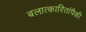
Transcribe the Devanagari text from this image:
बलात्‍कारितांपैकी